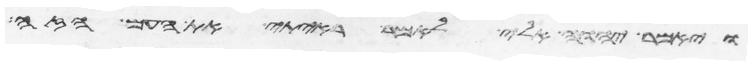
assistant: ויאמר יהוה אלי לאמר ראיתי את העם הזה